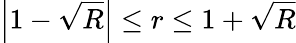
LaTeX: \left|1-\sqrt{R}\right|\leq r\leq 1+\sqrt{R}